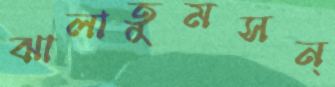
ঝালাতুমসন্